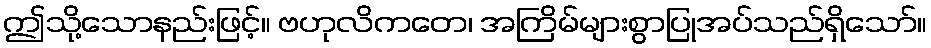
ဤသို့သောနည်းဖြင့်။ ဗဟုလိကတေ၊ အကြိမ်များစွာပြုအပ်သည်ရှိသော်။